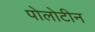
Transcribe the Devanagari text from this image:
पोलोटीन